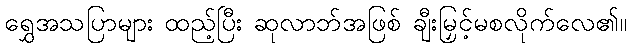
ရွှေအသပြာများ ထည့်ပြီး ဆုလာဘ်အဖြစ် ချီးမြှင့်မစလိုက်လေ၏။